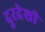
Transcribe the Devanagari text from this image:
दूरदेशी